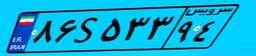
۸۰S۵۱۱۹۶